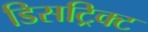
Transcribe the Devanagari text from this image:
डिसट्रिक्ट